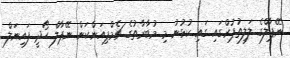
ނޭޕާލްގެ ލަލިތުޕުރްގައި ގައި ކުޅުނު މި މުބާރާތުގެ ޗެމްޕިއަންކަން ނޭޕާލް ހޯދީ ފައިނަލް